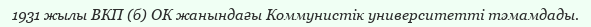
1931 жылы ВКП (б) ОК жанындағы Коммунистік университетті тәмамдады.